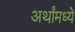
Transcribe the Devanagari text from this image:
अर्थांमध्ये